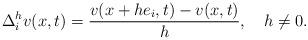
LaTeX: \begin{align*}\Delta_i^h v(x,t)=\frac{v(x+he_i,t)-v(x,t)}{h}, \ \ \ h\neq 0.\end{align*}